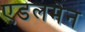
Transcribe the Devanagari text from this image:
एडलमेन